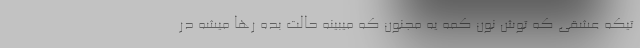
تیکه عشقی که توش نون کمه یه مجنون که میبینه حالت بَده رها میشه در